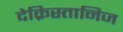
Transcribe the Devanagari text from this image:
देक्रिस्तानिज